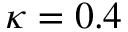
\kappa = 0 . 4